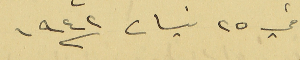
في ٢٥ نيسان سنة ١٩٤٢